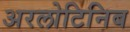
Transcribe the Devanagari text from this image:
अरलोटिनिब